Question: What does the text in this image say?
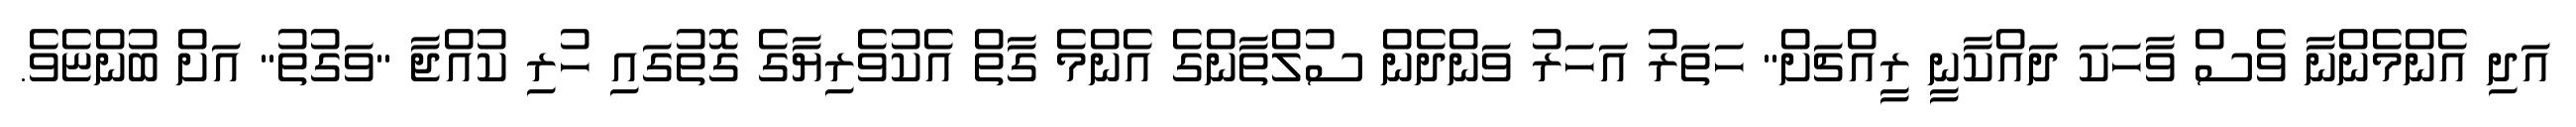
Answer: އަދި އެންމެންނާ ވެސް ވާހަކަ ދައްކާނީ ރީއްޗަށް" ހަތަރު އަހަރު ވަންދެން ސުލްތާންގެ އެންމެ ގާތް އެކުވެރިޔާގެ ގޮތުގައި ހުރި ކުއްޖާ "ވަގުތު" އަށް ބުންޏެވެ.